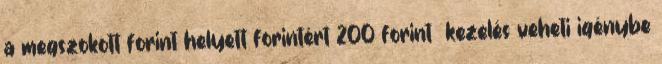
a megszokott forint helyett forintért 200 forint kezelés veheti igénybe